Report on vaccination North-West Frontier Province 1904-1922 - 1904-1922
Year: 1904
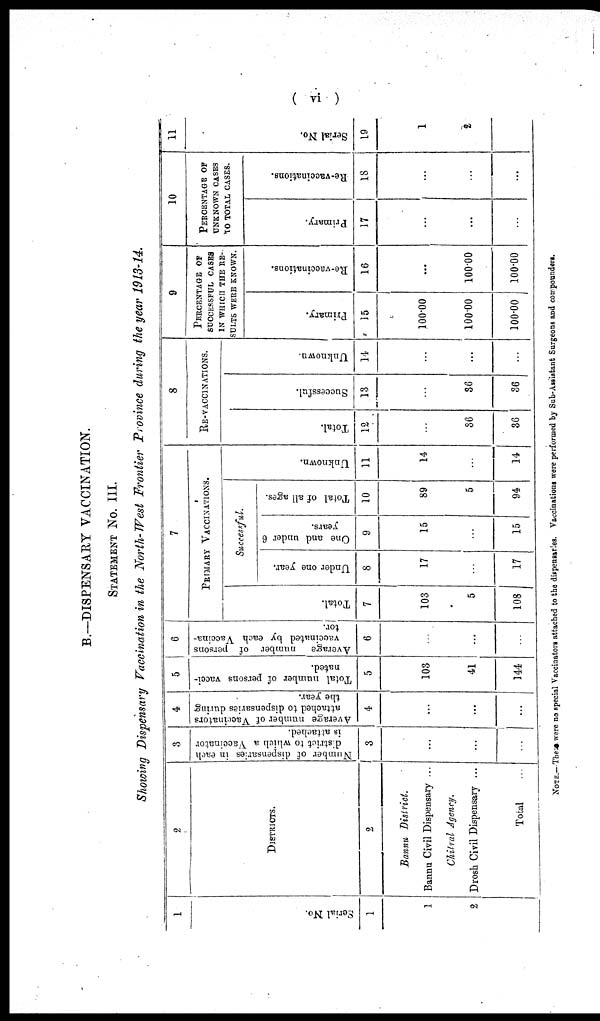
( vi
)
B.—DISPENSARY VACCINATION.
STATEMENT No. III.
Showing Dispensary Vaccination in the North-West Frontier Province during the year 1913-14.
1
Serial No.
1
1
2
2
DISTRICTS.
2
Bannu District.
Bannu Civil Dispensary ...
Chitral Agency.
Drosh Civil Dispensary ...
Total ...
3
Number of dispensaries in each
district to which a Vaccinator
is attached.
3
...
...
...
4
Average number of Vaccinators
attached to dispensaries during
the year.
4
...
...
...
5
Total number of persons vacci-
nated.
5
103
41
144
6
Average number of persons
vaccinated by each Vaccina-
tor.
6
...
...
...
7
PRIMARY VACCINATIONS.
Total.
7
103
5
108
Successful.
Under one year.
8
17
...
17
One and under 6
years.
9
15
...
15
Total of all ages.
10
89
5
94
Unknown.
11
14
...
14
8
RE-VACCINATIONS.
Total.
12
...
36
36
Successful.
13
...
36
36
Unknown.
14
...
...
...
9
PERCENTAGE OF
SUCCESSFUL CASES
IN WHICH THE RE-
SULTS WERE KNOWN.
Primary.
15
100.00
100.00
100.00
Re-vaccinations.
16
...
100.00
100.00
10
PERCENTAGE OF
UNKNOWN CASES
TO TOTAL CASES.
Primary.
17
...
...
...
Re-vaccinations.
18
...
...
...
11
Serial No.
19
1
2
...
NOTE.—There were no special Vaccinators attached to the dispensaries. Vaccinations were performed by Sub-Assistant Surgeons and compounders.